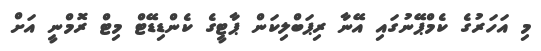
މި އަހަރުގެ ކެމްޕޭނުގައި އޭނާ ރިޕަބްލިކަން ޕާޓީގެ ކެންޑިޑޭޓް މިޓް ރޮމްނީ އަށް